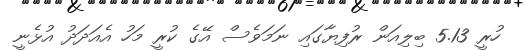
ހުރީ 5.13 ބިލިއަން ރުފިޔާގައި ނަމަވެސް އޭގެ ކުރީ މަހު އެއަދަދު އުޅެނީ